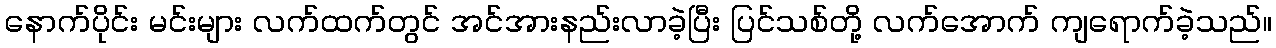
နောက်ပိုင်း မင်းများ လက်ထက်တွင် အင်အားနည်းလာခဲ့ပြီး ပြင်သစ်တို့ လက်အောက် ကျရောက်ခဲ့သည်။